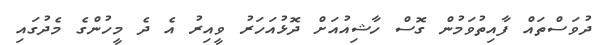
ދުވަސްތައް ފާއިތުވަމުން ގޮސް ހާޝިއުއަށް ދޮޅުއަހަރު ވީއިރު އެ ދެ މީހުންގެ މެދުގައި